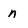
Character: n